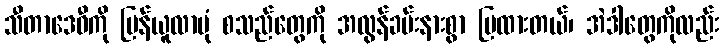
သီတာဒေဝီကို ပြန်ယူလာပုံ စသည်တွေကို အလွန်ခမ်းနားစွာ ပြထားတယ်၊ အဲဒါတွေကိုလည်း